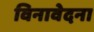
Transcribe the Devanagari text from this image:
विनावेदना